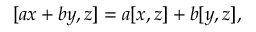
[ a x + b y , z ] = a [ x , z ] + b [ y , z ] ,